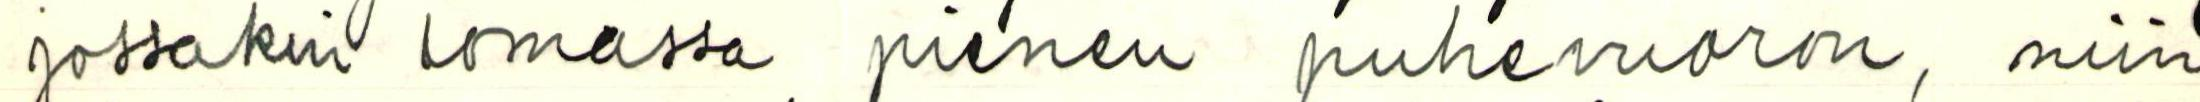
jossakin lomassa pienen puhevuoron, niin